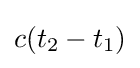
c(t_{2}-t_{1})